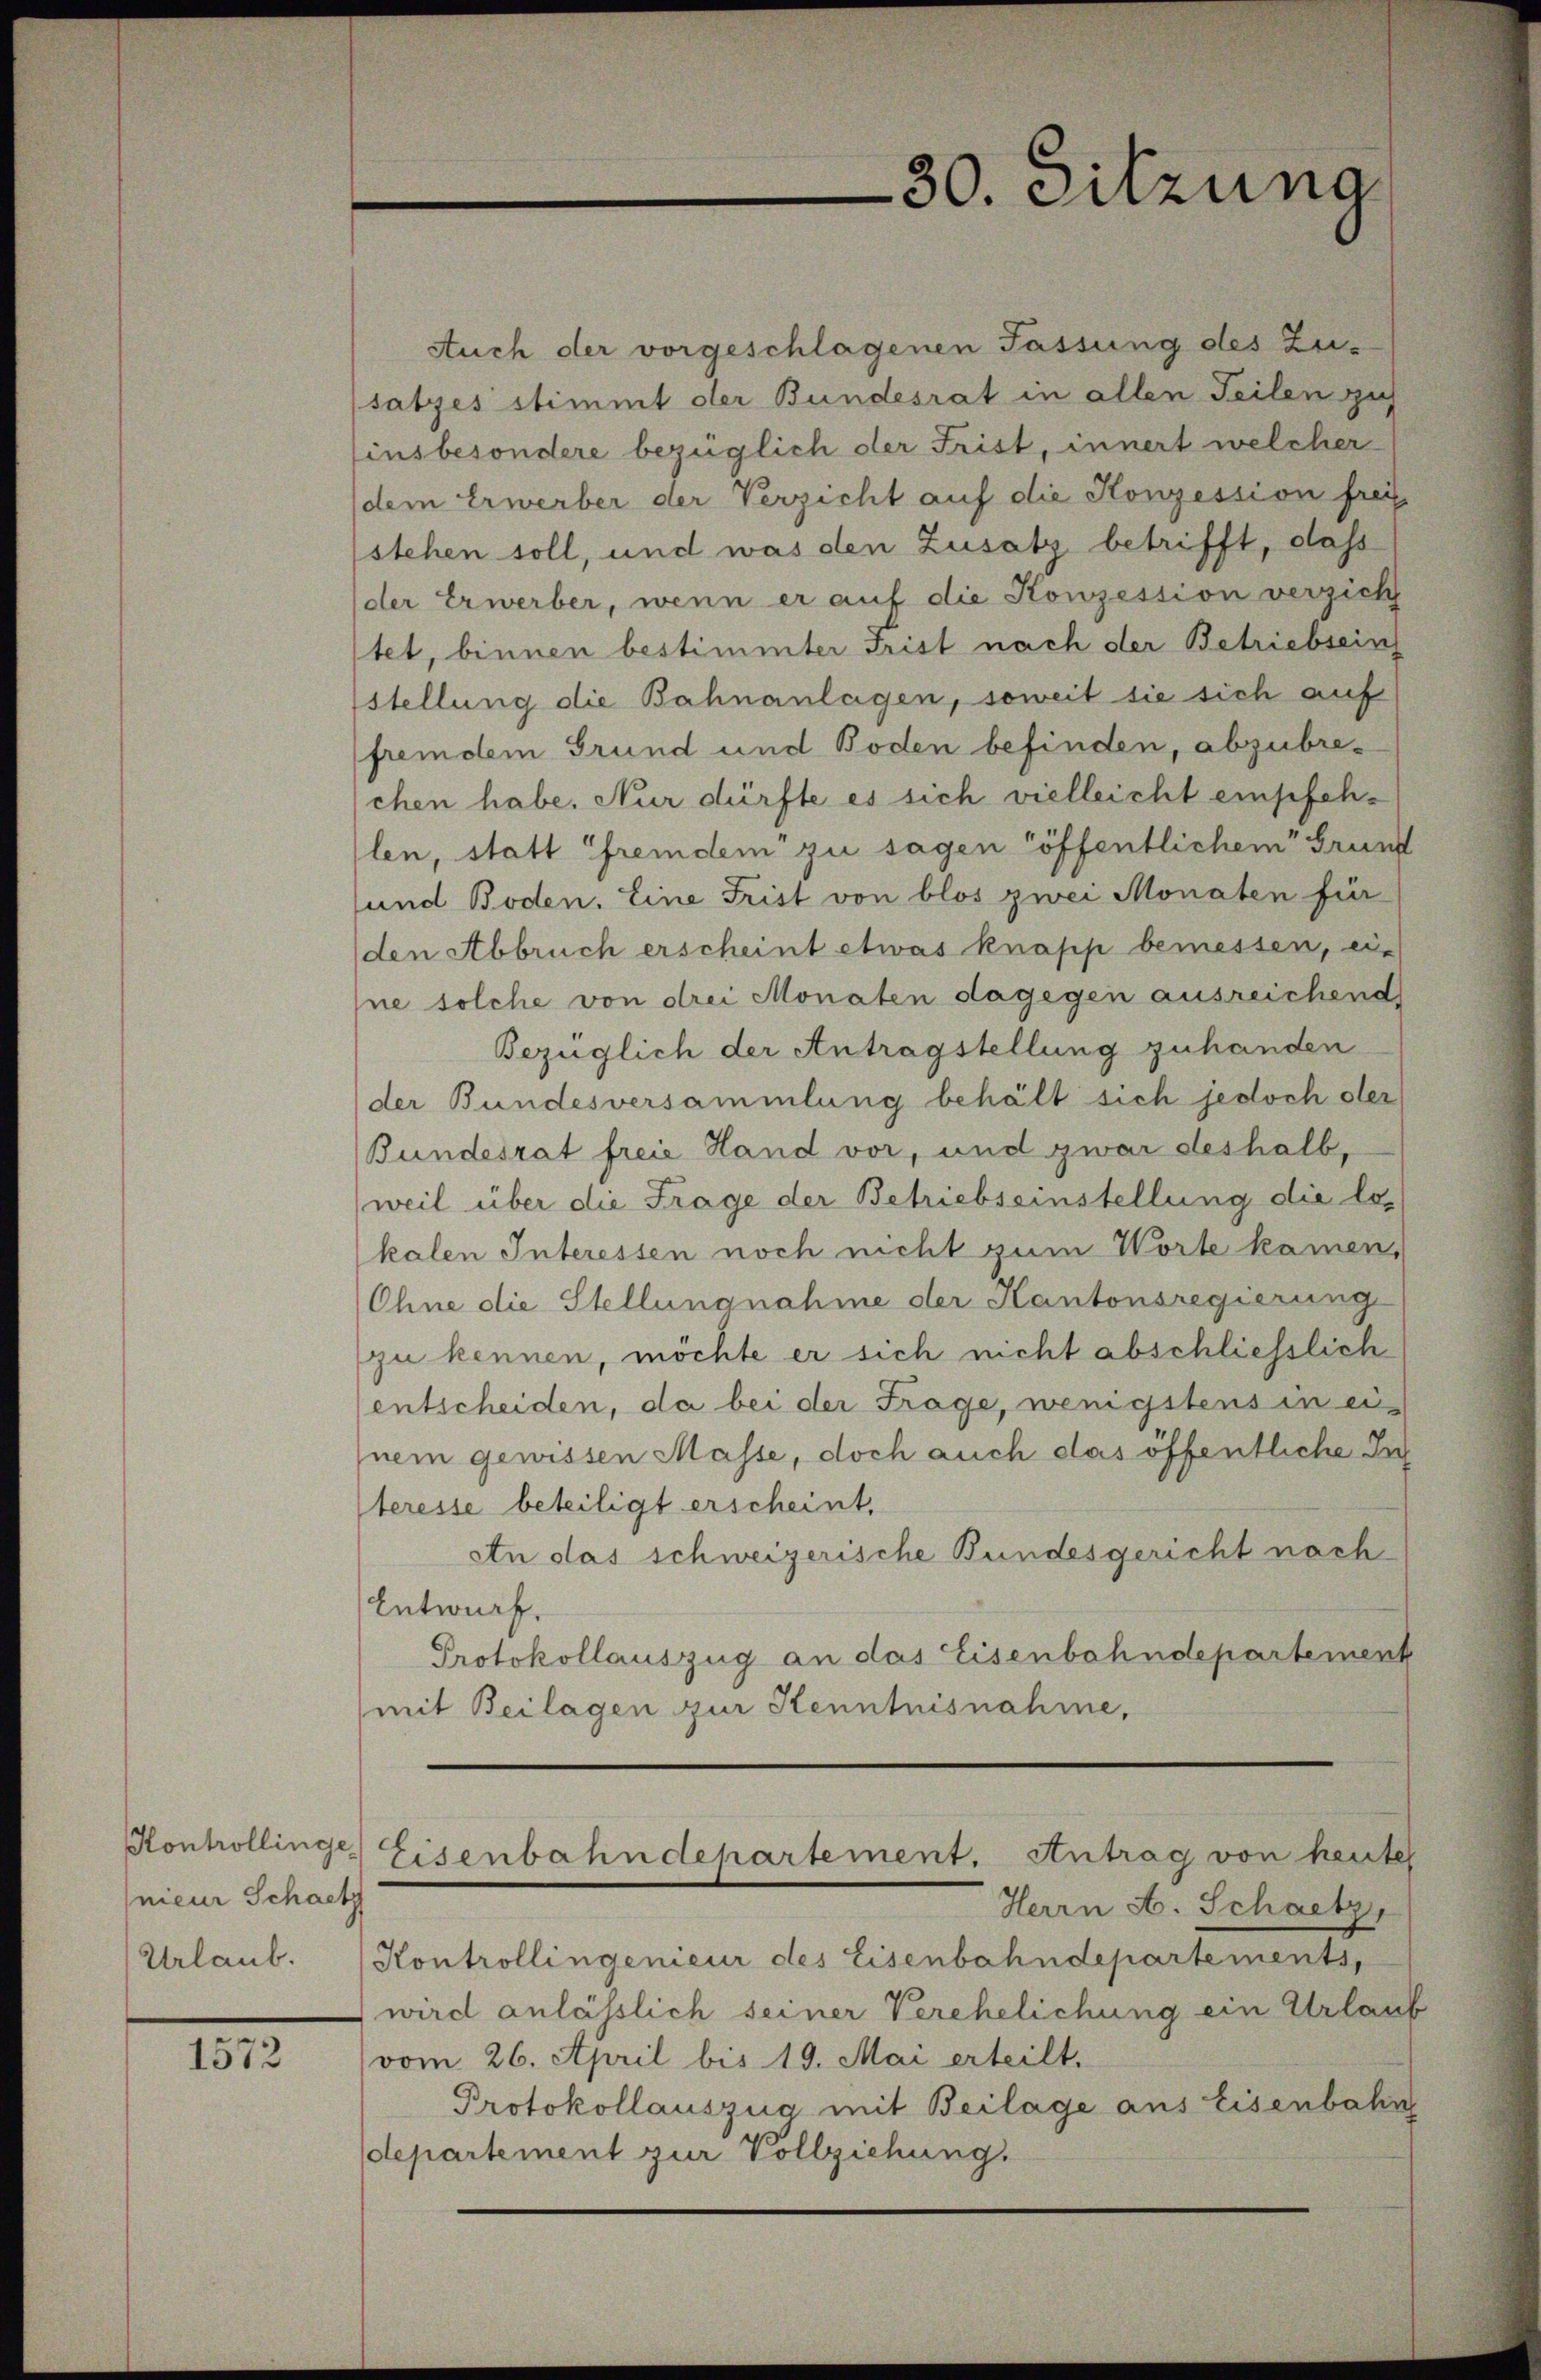
Kontrollinge
meur Schaetz
Urlaub.

1572

Auch der vorgeschlagenen Fassung des Zu-
satzes stimmt der Bundesrat in allen Teilen zich
insbesondere bezüglich der Frist, innert welcher
dem Erwerber der Verzicht auf die Konzession frei
stehen soll, und was den Zusatz betrifft, dass
der Erwerber, wenn er auf die Konzession verzicht
stet, binnen bestimmter Frist nach der Betriebsein
stellung die Bahnanlagen, soweit sie sich auf
fremdem Grund und Boden befinden, abzubrechen habe. Nur dürfte es sich vielleicht empfehlen, statt Fremdem zu sagen öffentlichem Grund
und Boden. Eine Frist von blos zwei Monaten für
(den Abbruch erscheint etwas knapp bemessen, ei-
ne solche von drei Monaten dagegen ausreichend
Bezüglich der Antragstellung zuhanden
der Bundesversammlung behält sich jedoch der
Bundesrat freie Hand vor, und zwar deshalb-
weil über die Frage der Betriebseinstellung die los
kalen Interessen noch nicht zum Worte kamen,
Ohne die Stellungnahme der Kantonsregierung
zu kennen, möchte er sich nicht abschliesslich
entscheiden, da bei der Frage, wenigstens in einem gewissen Masse, doch auch das öffentliche In
teresse beteiligt erscheint.
An das schweizerische Bundesgericht nach
Entwurf.
Protokollauszug an das Eisenbahndepartement
mit Beilagen zur Kenntnisnahme,
Eisenbahndepartement. Antrag von heuter
Herrn A. Schaetz,
Kontrollingenieur des Eisenbahndepartements,
wird anlässlich seiner Verehelichung ein Urlau
vom 26. April bis 19. Mai erteilt.
Protokollauszug mit Beilage aus Eisenbahn
departement zur Vollziehung.

30. Sitzung

b